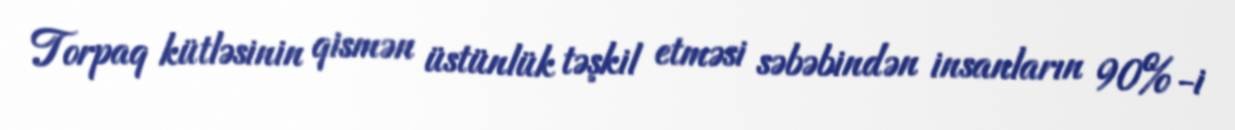
Torpaq kütləsinin qismən üstünlük təşkil etməsi səbəbindən insanların 90%-i